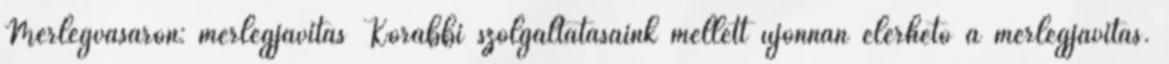
Mérlegvásáron: mérlegjavítás Korábbi szolgáltatásaink mellett újonnan elérhető a mérlegjavítás.